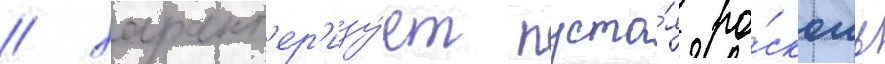
/ характ'ер'изу́ет пуста́я ро́скошь